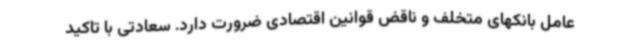
عامل بانکهای متخلف و ناقض قوانین اقتصادی ضرورت دارد. سعادتی با تاکید